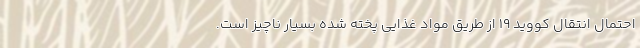
احتمال انتقال کووید ۱۹ از طریق مواد غذایی پخته شده بسیار ناچیز است.